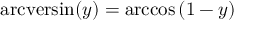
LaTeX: \operatorname { a r c v e r s i n } ( y ) = \operatorname { a r c c o s } \left( 1 - y \right)